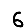
Digit: 6